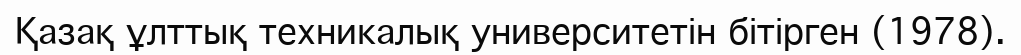
Қазақ ұлттық техникалық университетін бітірген (1978).